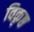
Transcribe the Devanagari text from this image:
विकृष्ठ